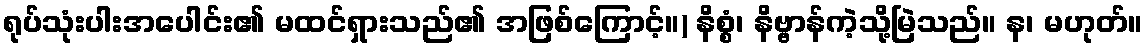
ရုပ်သုံးပါးအပေါင်း၏ မထင်ရှားသည်၏ အဖြစ်ကြောင့်။) နိစ္စံ၊ နိဗ္ဗာန်ကဲ့သို့မြဲသည်။ န၊ မဟုတ်။